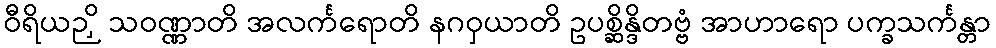
ဝီရိယဉှိ သဝဏ္ဏာတိ အလင်္ကရောတိ နဂဝှယာတိ ဥပစ္ဆိန္ဒိတဗ္ဗံ အာဟာရော ပက္ခသင်္ကန္တာ